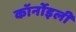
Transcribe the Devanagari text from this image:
कॉर्नोइली